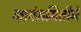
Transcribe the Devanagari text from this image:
कार्यसमितीने